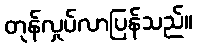
တုန်လှုပ်လာပြန်သည်။